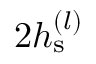
2 h _ { \mathrm { s } } ^ { ( l ) }